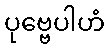
ပုဗ္ဗေပါဟံ